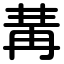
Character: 冓